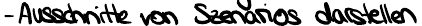
- Ausschnitte von Szenarios darstellen